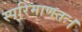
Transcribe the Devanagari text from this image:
स्परिमाणतः।